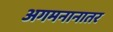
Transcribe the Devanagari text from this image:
अगमनानातर